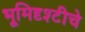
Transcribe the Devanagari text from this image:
भूमिदृश्टीचे